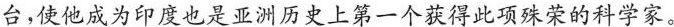
台，使他成为印度也是亚洲历史上第一个获得此项殊荣的科学家。